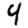
Digit: 4